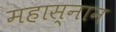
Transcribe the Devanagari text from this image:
महास्नान